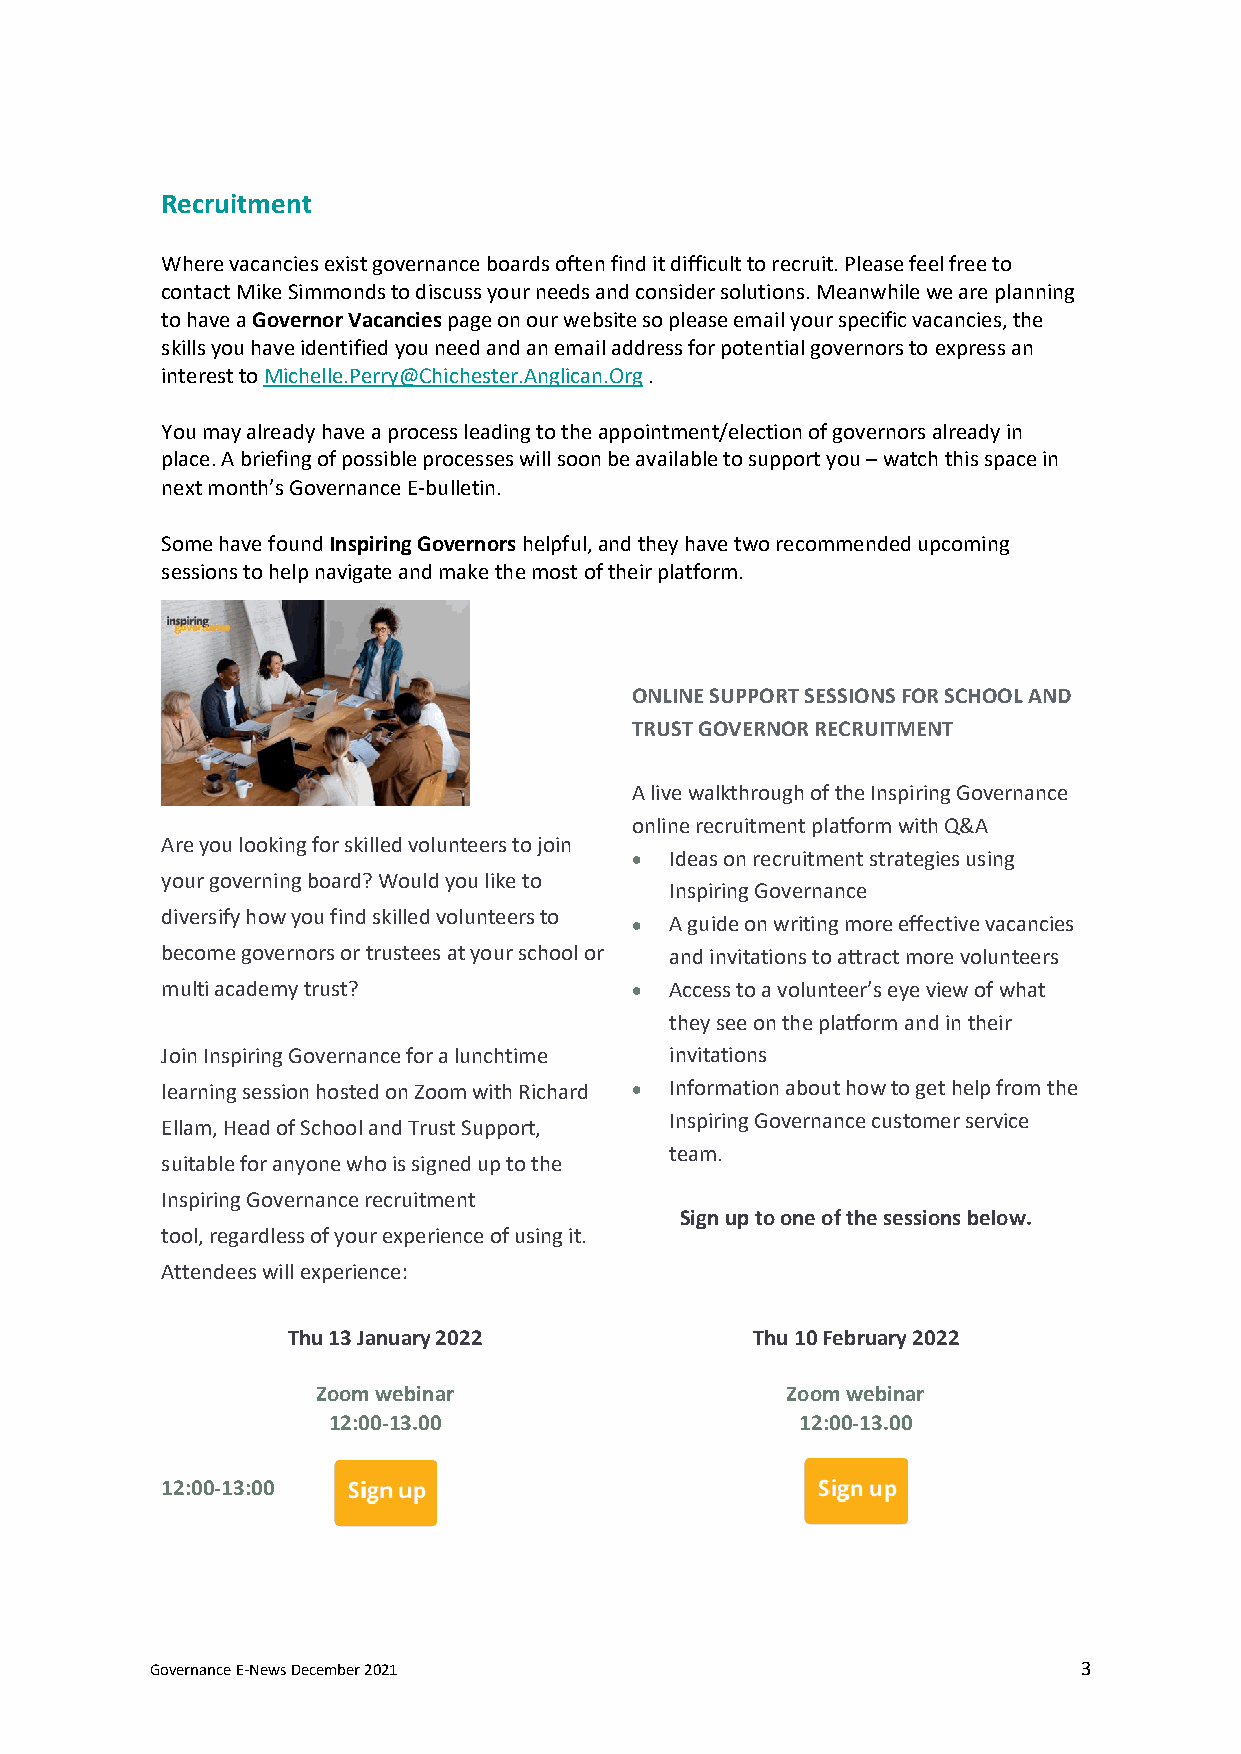
Recruitment
 Where vacancies exist governance boards often find it difficult to recruit. Please feel free to
 contact Mike Simmonds to discuss your needs and consider solutions. Meanwhile we are planning
 to have a Governor Vacancies page on our website so please email your specific vacancies, the
 skills you have identified you need and an email address for potential governors to express an
 interest to Michelle.Perry@Chichester.Anglican.Org .
 You may already have a process leading to the appointment/election of governors already in
 place. A briefing of possible processes will soon be available to support you – watch this space in
 next month’s Governance E-bulletin.
 Some have found Inspiring Governors helpful, and they have two recommended upcoming
 sessions to help navigate and make the most of their platform.
 ONLINE SUPPORT SESSIONS FOR SCHOOL AND
 TRUST GOVERNOR RECRUITMENT
 A live walkthrough of the Inspiring Governance
 online recruitment platform with Q&A
 Are you looking for skilled volunteers to join
 • Ideas on recruitment strategies using
 your governing board? Would you like to
 Inspiring Governance
 diversify how you find skilled volunteers to
 • A guide on writing more effective vacancies
 become governors or trustees at your school or and invitations to attract more volunteers
 multi academy trust?           • Access to a volunteer’s eye view of what
 they see on the platform and in their
 Join Inspiring Governance for a lunchtime invitations
 learning session hosted on Zoom with Richard • Information about how to get help from the
 Inspiring Governance customer service
 Ellam, Head of School and Trust Support,
 team.
 suitable for anyone who is signed up to the
 Inspiring Governance recruitment
 Sign up to one of the sessions below.
 tool, regardless of your experience of using it.
 Attendees will experience:
 Thu 13 January 2022            Thu 10 February 2022
 Zoom webinar                   Zoom webinar
 12:00-13.00                    12:00-13.00
 12:00-13:00
 Governance E-News December 2021                               3